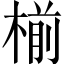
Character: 椾